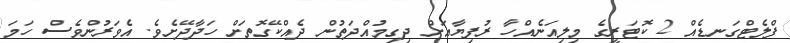
ފްލެޓްގަނޑެއް 2 ކޮޓަރީގެ މިލިއަނެއްހާ ރުފިޔާއަށް ދިގިމުއްދަތުން ދެއްކޭގޮތަށް ހަދާދޭށެވެ. އެވަރުންވެސް ހަމަ